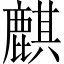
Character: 麒